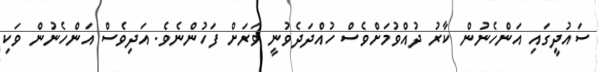
ސައުދީގައި އަންހެނުން ކާރު ދުއްވުމަށްވެސް ހުއްދަދެވުނީ ވަރަށް ފަހުންނެވެ. އަދިވެސް އަންހެނުން ވަކި